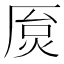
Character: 𫨐